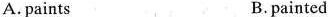
A. paints B. painted